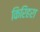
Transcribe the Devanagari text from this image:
किरिहरा